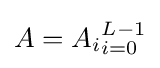
A={A_{i}}_{i=0}^{L-1}